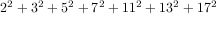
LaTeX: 2 ^ { 2 } + 3 ^ { 2 } + 5 ^ { 2 } + 7 ^ { 2 } + 1 1 ^ { 2 } + 1 3 ^ { 2 } + 1 7 ^ { 2 }